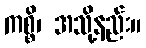
ကစ္စိ၊ အသို့နည်း။